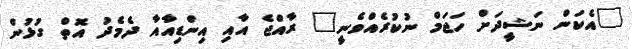
"އެކަން ނަޝީދަށް ހަޖަމް ނުކުރެއްވެނީ" ރާއްޖެ އާއި އިންޑިއާއާ ދެމެދު އޮތް ގުޅުން